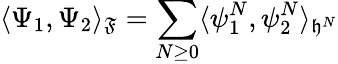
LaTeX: \langle\Psi_{1},\Psi_{2}\rangle_{\mathfrak{F}}=\sum_{N\ge 0}\langle\psi_{1}^{N},\psi_{2}^{N}\rangle_{\mathfrak{h}^{N}}